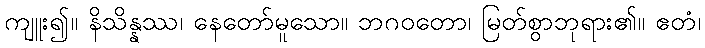
ကျူး၍။ နိသိန္နဿ၊ နေတော်မူသော။ ဘဂဝတော၊ မြတ်စွာဘုရား၏။ ဧတံ၊